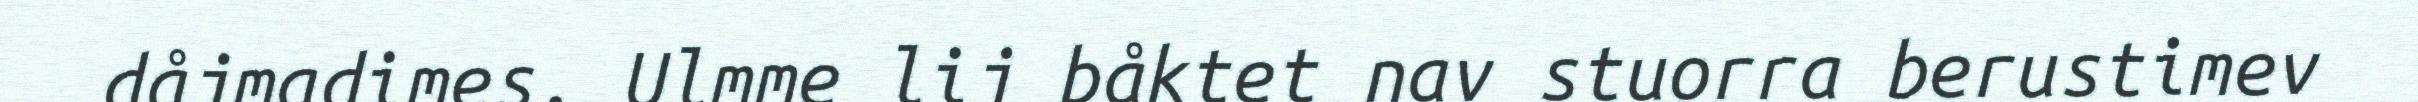
dåjmadimes. Ulmme lij båktet nav stuorra berustimev